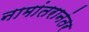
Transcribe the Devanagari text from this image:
नामांतरानंतर